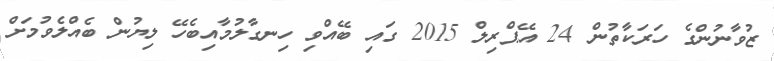
ޒުވާނުންގެ ހަރަކާތުން 24 އޭޕްރިލް 2015 ގައި ބޭއްވި ހިނގާލުމާއިބެހޭ ލިޔުން ބެއްލެވުމަށް